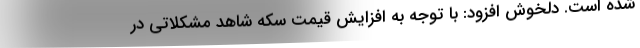
شده است. دلخوش افزود: با توجه به افزایش قیمت سکه شاهد مشکلاتی در